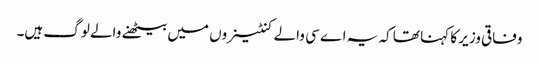
وفاقی وزیر کا کہنا تھا کہ یہ اے سی والے کنٹینروں میں بیٹھنے والے لوگ ہیں۔